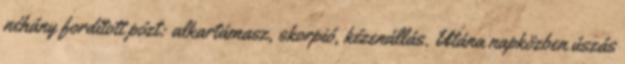
néhány fordított pózt: alkartámasz, skorpió, kézenállás. Utána napközben úszás